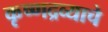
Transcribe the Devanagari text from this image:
कृष्णद्रव्याचे